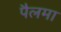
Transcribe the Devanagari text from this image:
पैलमा